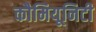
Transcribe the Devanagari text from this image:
कौमियूनिटी